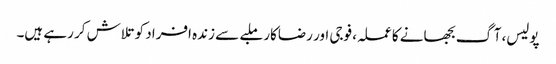
پولیس، آگ بجھانے کا عملہ، فوجی اور رضاکار ملبے سے زندہ افراد کو تلاش کر رہے ہیں۔